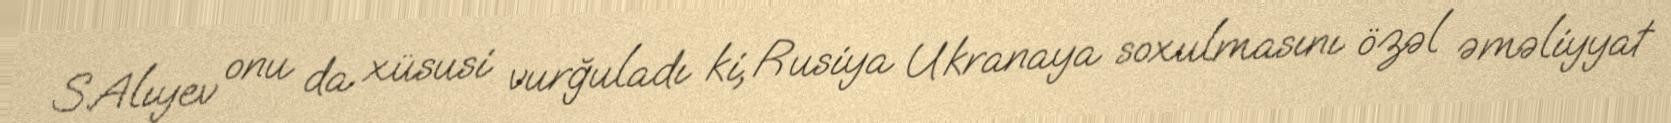
S.Alıyev onu da xüsusi vurğuladı ki, Rusiya Ukranaya soxulmasını özəl əməliyyat